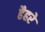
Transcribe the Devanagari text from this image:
हैहरे